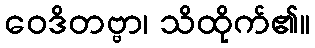
ဝေဒိတဗ္ဗာ၊ သိထိုက်၏။